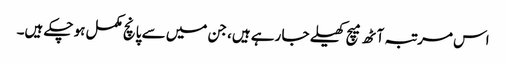
اس مرتبہ آٹھ میچ کھیلے جا رہے ہیں، جن میں سے پانچ مکمل ہو چکے ہیں۔